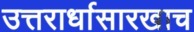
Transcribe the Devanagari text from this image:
उत्तरार्धासारखाच